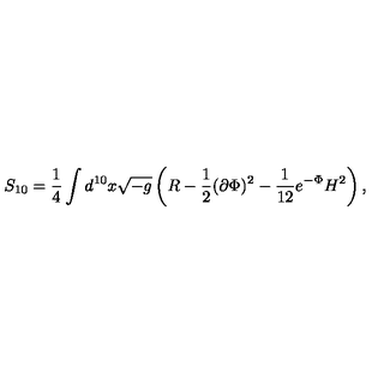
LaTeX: S _ { 1 0 } = \frac { 1 } { 4 } \int d ^ { 1 0 } x \sqrt { - g } \left( R - \frac { 1 } { 2 } ( \partial \Phi ) ^ { 2 } - \frac { 1 } { 1 2 } e ^ { - \Phi } H ^ { 2 } \right) ,